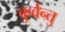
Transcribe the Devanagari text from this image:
कुर्वन्तु